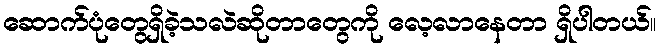
ဆောက်ပုံတွေရှိခဲ့သလဲဆိုတာတွေကို လေ့လာနေတာ ရှိပါတယ်။